Report of the Indian Hemp Drugs Commission, 1894-1895 - Volume IV
Year: 1894
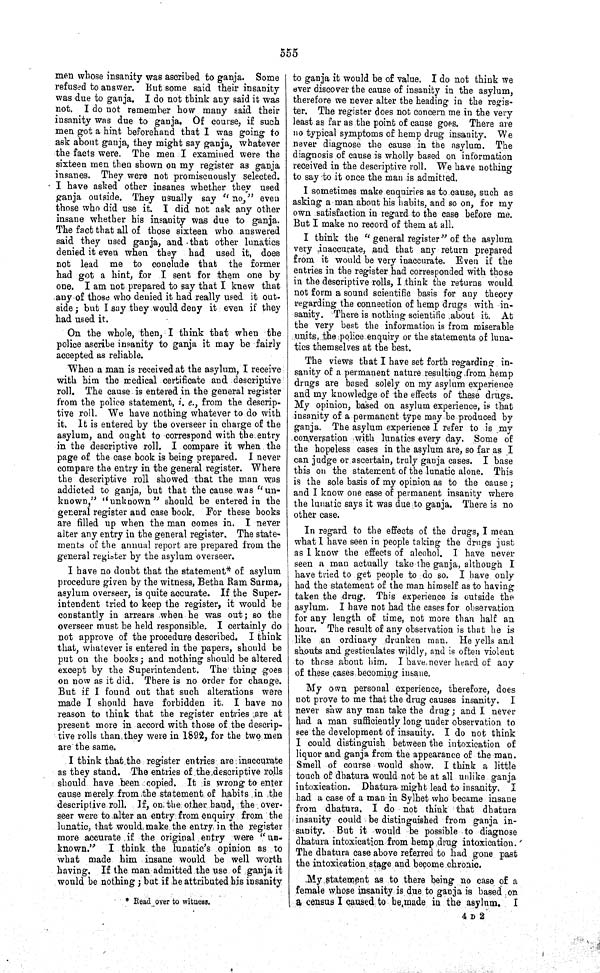
555
men whose insanity was ascribed to ganja. Some
refused to answer. But some said their insanity
was due to ganja. I do not think any said it was
not. I do not remember how many said their
insanity was due to ganja. Of course, if such
men got a hint beforehand that I was going to
ask about ganja, they might say ganja, whatever
the facts were. The men I examined were the
sixteen men then shown on my register as ganja
insanes. They were not promiscuously selected.
I have asked other insanes whether they used
ganja outside. They usually say "no," even
those who did use it. I did not ask any other
insane whether his insanity was due to ganja.
The fact that all of those sixteen who answered
said they used ganja, and that other lunatics
denied it even when they had used it, does
not lead me to conclude that the former
had got a hint, for I sent for them one by
one. I am not prepared to say that I knew that
any of those who denied it had really used it out-
side; but I say they would deny it even if they
had used it.
On the whole, then, I think that when the
police ascribe insanity to ganja it may be fairly
accepted as reliable.
When a man is received at the asylum, I receive
with him the medical certificate and descriptive
roll. The cause is entered in the general register
from the police statement, i. e., from the descrip-
tive roll. We have nothing whatever to do with
it. It is entered by the overseer in charge of the
asylum, and ought to correspond with the entry
in the descriptive roll. I compare it when the
page of the case book is being prepared. I never
compare the entry in the general register. Where
the descriptive roll showed that the man was
addicted to ganja, but that the cause was "un-
known," "unknown" should be entered in the
general register and case book. For these books
are filled up when the man comes in. I never
alter any entry in the general register. The state-
ments of the annual report are prepared from the
general register by the asylum overseer.
I have no doubt that the statement* of asylum
procedure given by the witness, Betha Ram Surma,
asylum overseer, is quite accurate. If the Super-
intendent tried to keep the register, it would be
constantly in arrears when he was out; so the
overseer must be held responsible. I certainly do
not approve of the procedure described. I think
that, whatever is entered in the papers, should be
put on the books; and nothing should be altered
except by the Superintendent. The thing goes
on now as it did. There is no order for change.
But if I found out that such alterations were
made I should have forbidden it. I have no
reason to think that the register entries are at
present more in accord with those of the descrip-
tive rolls than they were in 1892, for the two men
are the same.
I think that the register entries are inaccurate
as they stand. The entries of the descriptive rolls
should have been copied. It is wrong to enter
cause merely from the statement of habits in the
descriptive roll. If, on the other hand, the over-
seer were to alter an entry from enquiry from the
lunatic, that would make the entry in the register
more accurate if the original entry were "un-
known." I think the lunatic's opinion as to
what made him insane would be well worth
having. If the man admitted the use of ganja it
would be nothing; but if he attributed his insanity
* Read over to witness.
to ganja it would be of value. I do not think we
ever discover the cause of insanity in the asylum,
therefore we never alter the heading in the regis-
ter. The register does not concern me in the very
least as far as the point of cause goes. There are
no typical symptoms of hemp drug insanity. We
never diagnose the cause in the asylum. The
diagnosis of cause is wholly based on information
received in the descriptive roll. We have nothing
to say to it once the man is admitted.
I sometimes make enquiries as to cause, such as
asking a man about his habits, and so on, for my
own satisfaction in regard to the case before me.
But I make no record of them at all.
I think the "general register" of the asylum
very inaccurate, and that any return prepared
from it would be very inaccurate. Even if the
entries in the register had corresponded with those
in the descriptive rolls, I think the returns would
not form a sound scientific basis for any theory
regarding the connection of hemp drugs with in-
sanity. There is nothing scientific about it. At
the very best the information is from miserable
units, the police enquiry or the statements of luna-
tics themselves at the best.
The views that I have set forth regarding in-
sanity of a permanent nature resulting from hemp
drugs are based solely on my asylum experience
and my knowledge of the effects of these drugs.
My opinion, based on asylum experience, is that
insanity of a permanent type may be produced by
ganja. The asylum experience I refer to is my
conversation with lunatics every day. Some of
the hopeless cases in the asylum are, so far as I
can judge or ascertain, truly ganja cases. I base
this on the statement of the lunatic alone. This
is the sole basis of my opinion as to the cause;
and I know one case of permanent insanity where
the lunatic says it was due to ganja. There is no
other case.
In regard to the effects of the drugs, I mean
what I have seen in people taking the drugs just
as I know the effects of alcohol. I have never
seen a man actually take the ganja, although I
have tried to get people to do so. I have only
had the statement of the man himself as to having
taken the drug. This experience is outside the
asylum. I have not had the cases for observation
for any length of time, not more than half an
hour. The result of any observation is that he is
like an ordinary drunken man. He yells and
shouts and gesticulates wildly, and is often violent
to those about him. I have never heard of any
of these cases becoming insane.
My own personal experience, therefore, does
not prove to me that the drug causes insanity. I
never saw any man take the drug; and I never
had a man sufficiently long under observation to
see the development of insanity. I do not think
I could distinguish between the intoxication of
liquor and ganja from the appearance of the man.
Smell of course would show. I think a little
touch of dhatura would not be at all unlike ganja
intoxication. Dhatura might lead to insanity. I
had a case of a man in Sylhet who became insane
from dhatura. I do not think that dhatura
insanity could be distinguished from ganja in-
sanity. But it would be possible to diagnose
dhatura intoxication from hemp drug intoxication.
The dhatura case above referred to had gone past
the intoxication stage and become chronic.
My statement as to there being no case of a
female whose insanity is due to ganja is based on
a census I caused to be made in the asylum.
I
4 D 2